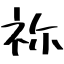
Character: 祢